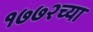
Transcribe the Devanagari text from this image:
१७७२च्या